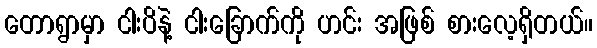
တောရွာမှာ ငါးပိနဲ့ ငါးခြောက်ကို ဟင်း အဖြစ် စားလေ့ရှိတယ်။